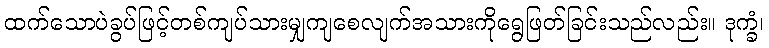
ထက်သောပဲခွပ်ဖြင့်တစ်ကျပ်သားမျှကျစေလျက်အသားကိုရွေဖြတ်ခြင်းသည်လည်း။ ဒုက္ခံ၊